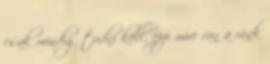
csak mindig tudni kell, épp mire van a ránk